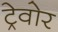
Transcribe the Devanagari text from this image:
ट्रेवोर